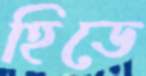
হিডে